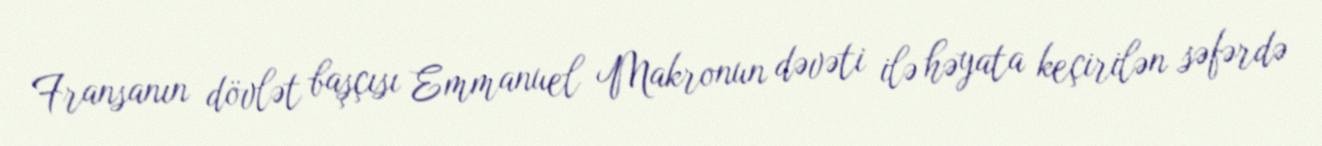
Fransanın dövlət başçısı Emmanuel Makronun dəvəti ilə həyata keçirilən səfərdə